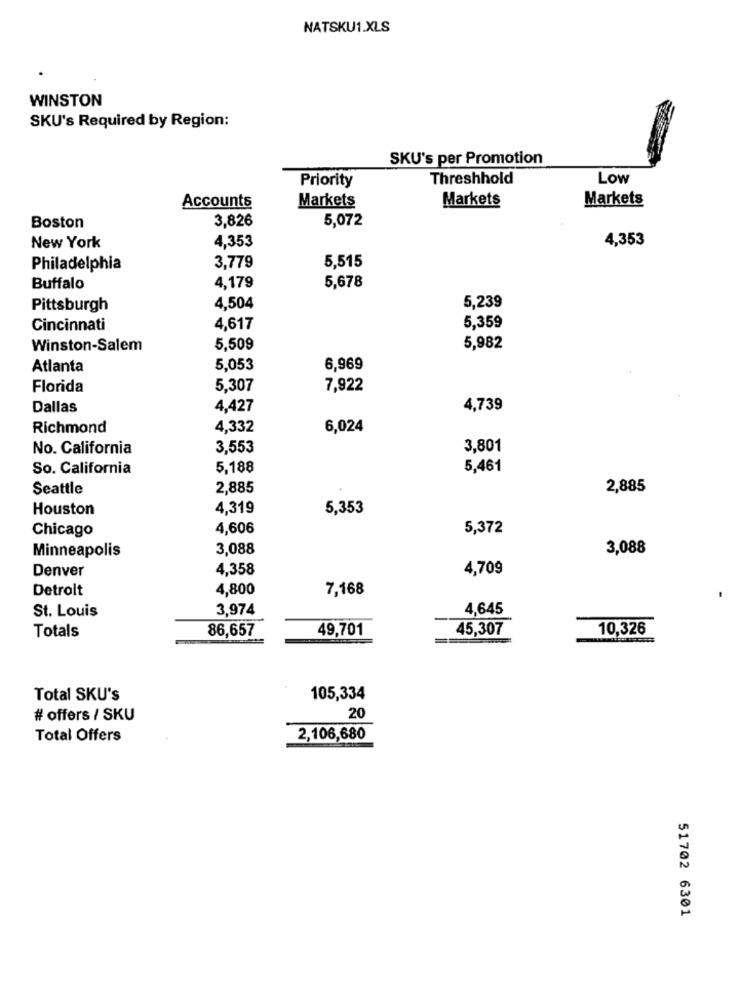
NATSKU1.XLS
WINSTON
SKU's Required by Region:
SKU's per Promotion
Priority
Threshhold
Low
Markets
Markets
Markets
Accounts
3,826
5,072
Boston
4,353
4,353
New York
Philadelphia
3,779
5,515
Buffalo
4,179
5,678
5,239
Pittsburgh
4,504
Cincinnati
4,617
5,359
Winston-Salem
5,509
5,982
Atlanta
5,053
6,969
Florida
5,307
7,922
Dallas
4,427
4,739
Richmond
4,332
6,024
No. California
3,553
3,801
So. California
5,188
5,461
Seattle
2,885
2,885
Houston
4,319
5,353
Chicago
4,606
5,372
Minneapolis
3,088
3,088
Denver
4,358
4,709
Detrolt
4,800
7,168
3,974
4,645
St. Louis
Totals
86,657
49,701
45,307
10,326
Total SKU's
105,334
# offers / SKU
20
Total Offers
2,106,680
51702 6301